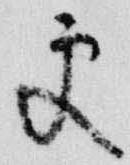
更